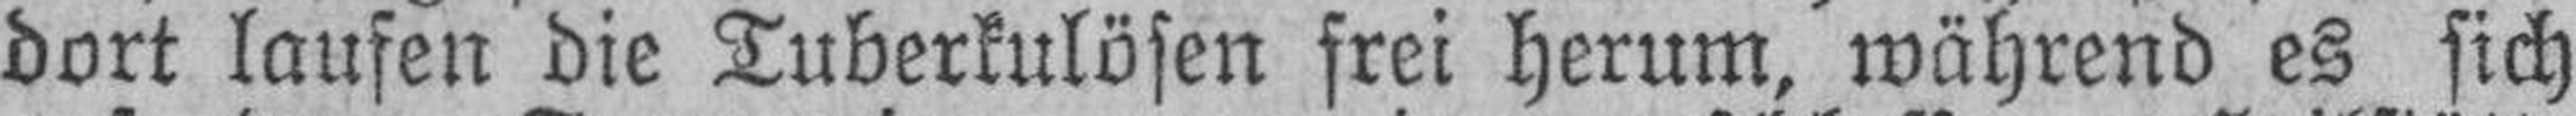
dort laufen die Tuberkulösen frei herum, während es sich